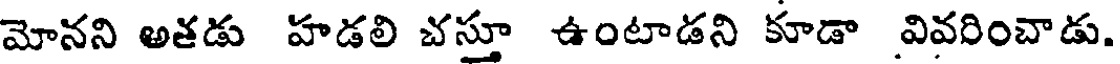
మోనని అతడు హడలి చస్తూ ఉంటాడని కూడా వివరించాడు.